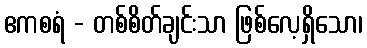
ဧကစရံ - တစ်စိတ်ချင်းသာ ဖြစ်လေ့ရှိသော၊